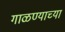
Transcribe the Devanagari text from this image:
गाळण्याच्या